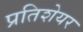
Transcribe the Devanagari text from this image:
प्रतिशेयर